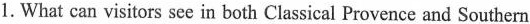
1. What can visitors see in both Classical Provence and Southern